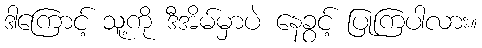
ဒါကြောင့် သူ့ကို ဒီအိမ်မှာပဲ နေခွင့် ပြုကြပါလား။